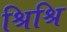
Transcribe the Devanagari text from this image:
श्रिश्रि